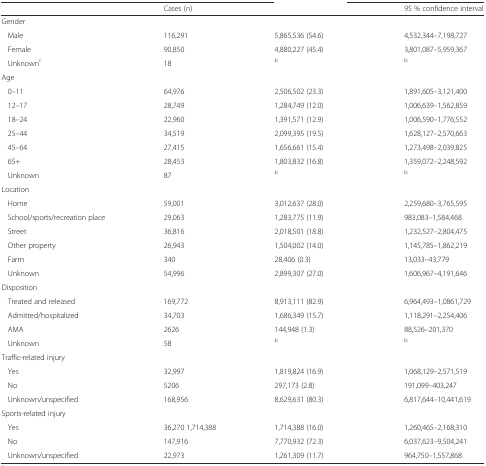
<table><thead><tr><td>[EMPTY_CELL]</td><td><b>Cases (n)</b></td><td>[EMPTY_CELL]</td><td><b>95 % confidence interval</b></td></tr></thead><tbody><tr><td>Gender</td><td>[EMPTY_CELL]</td><td>[EMPTY_CELL]</td><td>[EMPTY_CELL]</td></tr><tr><td>Male</td><td>116,291</td><td>5,865,536 (54.6)</td><td>4,532,344–7,198,727</td></tr><tr><td>Female</td><td>90,850</td><td>4,880,227 (45.4)</td><td>3,801,087–5,959,367</td></tr><tr><td>Unknown<sup>c</sup></td><td>18</td><td><sup>b</sup></td><td><sup>b</sup></td></tr><tr><td>Age</td><td>[EMPTY_CELL]</td><td>[EMPTY_CELL]</td><td>[EMPTY_CELL]</td></tr><tr><td>0–11</td><td>64,976</td><td>2,506,502 (23.3)</td><td>1,891,605–3,121,400</td></tr><tr><td>12–17</td><td>28,749</td><td>1,284,749 (12.0)</td><td>1,006,639–1,562,859</td></tr><tr><td>18–24</td><td>22,960</td><td>1,391,571 (12.9)</td><td>1,006,590–1,776,552</td></tr><tr><td>25–44</td><td>34,519</td><td>2,099,395 (19.5)</td><td>1,628,127–2,570,663</td></tr><tr><td>45–64</td><td>27,415</td><td>1,656,661 (15.4)</td><td>1,273,498–2,039,825</td></tr><tr><td>65+</td><td>28,453</td><td>1,803,832 (16.8)</td><td>1,359,072–2,248,592</td></tr><tr><td>Unknown</td><td>87</td><td><sup>b</sup></td><td><sup>b</sup></td></tr><tr><td>Location</td><td>[EMPTY_CELL]</td><td>[EMPTY_CELL]</td><td>[EMPTY_CELL]</td></tr><tr><td>Home</td><td>59,001</td><td>3,012,637 (28.0)</td><td>2,259,680–3,765,595</td></tr><tr><td>School/sports/recreation place</td><td>29,063</td><td>1,283,775 (11.9)</td><td>983,083–1,584,468</td></tr><tr><td>Street</td><td>36,816</td><td>2,018,501 (18.8)</td><td>1,232,527–2,804,475</td></tr><tr><td>Other property</td><td>26,943</td><td>1,504,002 (14.0)</td><td>1,145,785–1,862,219</td></tr><tr><td>Farm</td><td>340</td><td>28,406 (0.3)</td><td>13,033–43,779</td></tr><tr><td>Unknown</td><td>54,996</td><td>2,899,307 (27.0)</td><td>1,606,967–4,191,646</td></tr><tr><td>Disposition</td><td>[EMPTY_CELL]</td><td>[EMPTY_CELL]</td><td>[EMPTY_CELL]</td></tr><tr><td>Treated and released</td><td>169,772</td><td>8,913,111 (82.9)</td><td>6,964,493–1,0861,729</td></tr><tr><td>Admitted/hospitalized</td><td>34,703</td><td>1,686,349 (15.7)</td><td>1,118,291–2,254,406</td></tr><tr><td>AMA</td><td>2626</td><td>144,948 (1.3)</td><td>88,526–201,370</td></tr><tr><td>Unknown</td><td>58</td><td><sup>b</sup></td><td><sup>b</sup></td></tr><tr><td>Traffic-related injury</td><td>[EMPTY_CELL]</td><td>[EMPTY_CELL]</td><td>[EMPTY_CELL]</td></tr><tr><td>Yes</td><td>32,997</td><td>1,819,824 (16.9)</td><td>1,068,129–2,571,519</td></tr><tr><td>No</td><td>5206</td><td>297,173 (2.8)</td><td>191,099–403,247</td></tr><tr><td>Unknown/unspecified</td><td>168,956</td><td>8,629,631 (80.3)</td><td>6,817,644–10,441,619</td></tr><tr><td>Sports-related injury</td><td>[EMPTY_CELL]</td><td>[EMPTY_CELL]</td><td>[EMPTY_CELL]</td></tr><tr><td>Yes</td><td>36,270 1,714,388</td><td>1,714,388 (16.0)</td><td>1,260,465–2,168,310</td></tr><tr><td>No</td><td>147,916</td><td>7,770,932 (72.3)</td><td>6,037,623–9,504,241</td></tr><tr><td>Unknown/unspecified</td><td>22,973</td><td>1,261,309 (11.7)</td><td>964,750–1,557,868</td></tr></tbody></table>